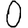
Digit: 0